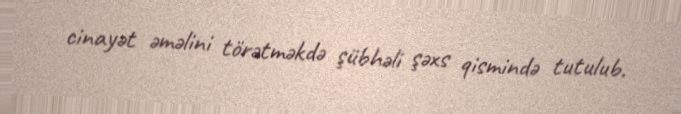
cinayət əməlini törətməkdə şübhəli şəxs qismində tutulub.